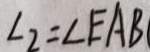
\angle 2 = \angle E A B